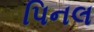
પિનલ